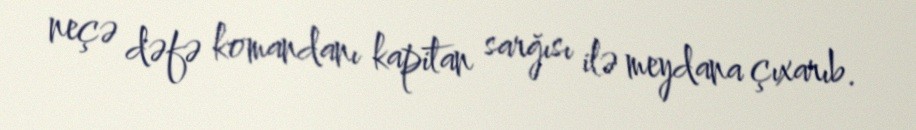
neçə dəfə komandanı kapitan sarğısı ilə meydana çıxarıb.